Annual report on the working of the mental hospitals in the Madras Presidency - 1912-1932
Year: 1912
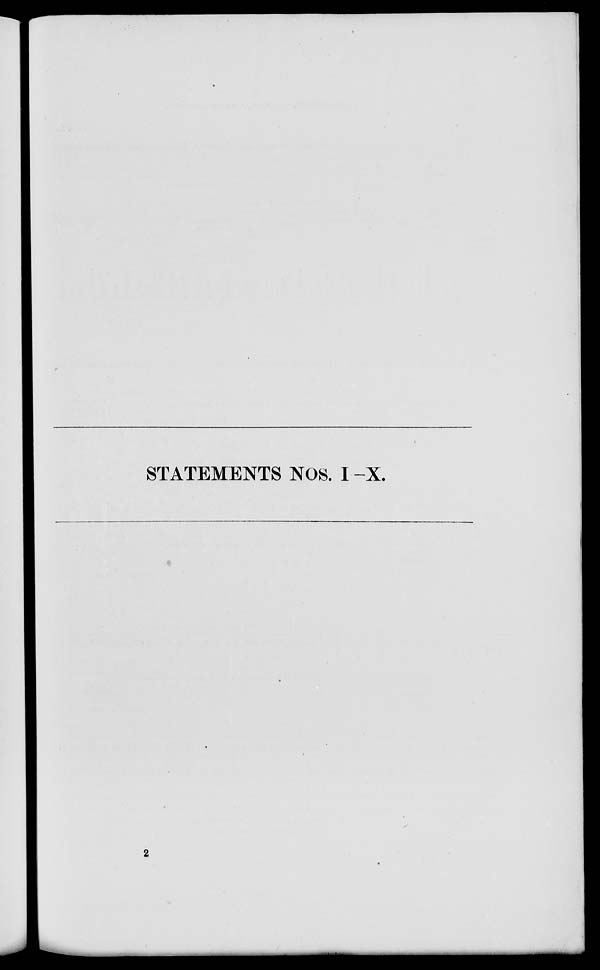
STATEMENTS NOS. I -X.
2